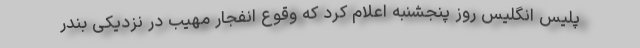
پلیس انگلیس روز پنجشنبه اعلام کرد که وقوع انفجار مهیب در نزدیکی بندر